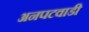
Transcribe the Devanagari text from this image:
अनपटवाडी